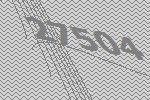
27504